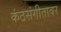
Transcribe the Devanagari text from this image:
कंठसंगीतावर